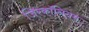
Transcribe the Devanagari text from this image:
जिरकॉनियम